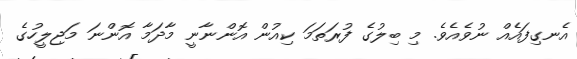
އެނގިފައެއް ނުވެއެވެ. މި ބިލުގެ ފުރަތަމަ ކިއުން އޮންނާނީ މާދަމާ އޮންނަ މަޖިލީހުގެ